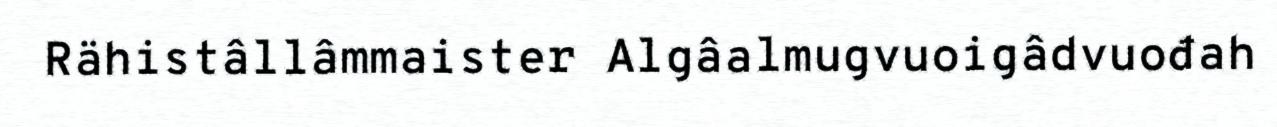
Rähistâllâmmaister Algâalmugvuoigâdvuođah